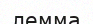
лемма